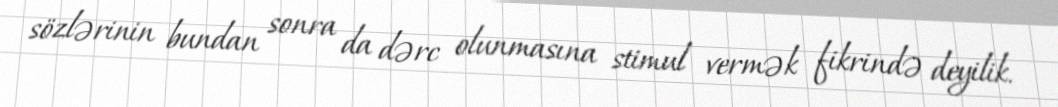
sözlərinin bundan sonra da dərc olunmasına stimul vermək fikrində deyilik.